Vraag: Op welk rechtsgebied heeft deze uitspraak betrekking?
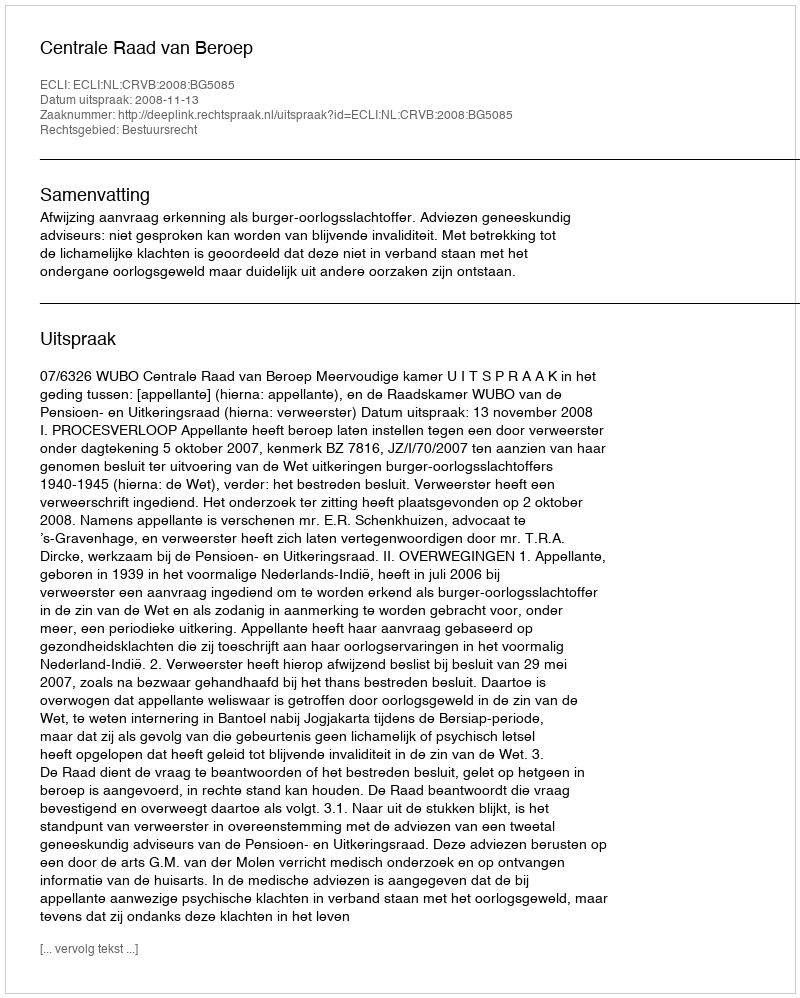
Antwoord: Bestuursrecht